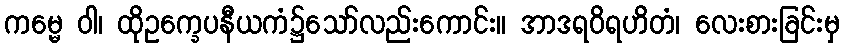
ကမ္မေ ဝါ၊ ထိုဥက္ခေပနီယကံ၌သော်လည်းကောင်း။ အာဒရဝိရဟိတံ၊ လေးစားခြင်းမှ